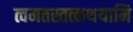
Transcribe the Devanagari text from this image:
त्वमतस्तत्कथयामि